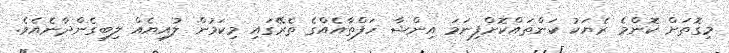
މިގޮތަށް ކޮންމެ ރެޔަކު ކަންތައްކޮށްފިނަމަ އިންޝާ ހަފްތާއެއްގެ ތެރޭގައި މިކަމުން ލުއިޔެއް ލިބިގެންދާނެއެވެ.